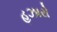
હઝારો